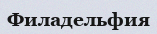
Филадельфия